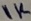
Text: 1K